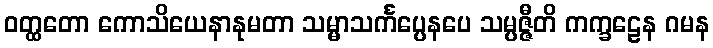
ဝတ္ထတော ကောသိယေနာနုမတာ သမ္မာသင်္ကပ္ပေနပေ သမ္ပဇ္ဇီတိ ကက္ခဠေန ဂမန